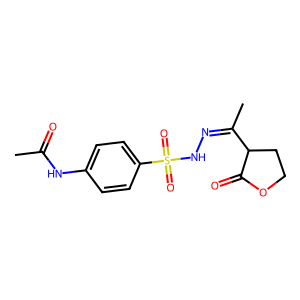
SMILES: CC(=O)Nc1ccc(S(=O)(=O)NN=C(C)C2CCOC2=O)cc1
Inhibits HIV replication: No